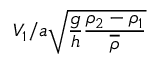
V _ { 1 } / a \sqrt { \frac { g } { h } \frac { \rho _ { 2 } - \rho _ { 1 } } { \overline { { \rho } } } }